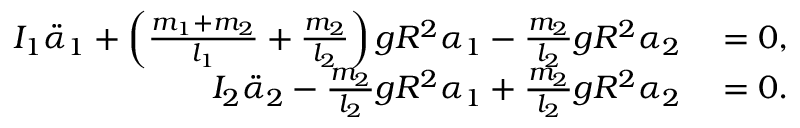
\begin{array} { r l } { I _ { 1 } \ddot { \alpha } _ { 1 } + \left( \frac { m _ { 1 } + m _ { 2 } } { l _ { 1 } } + \frac { m _ { 2 } } { l _ { 2 } } \right) g R ^ { 2 } \alpha _ { 1 } - \frac { m _ { 2 } } { l _ { 2 } } g R ^ { 2 } \alpha _ { 2 } } & { { } = 0 , } \\ { I _ { 2 } \ddot { \alpha } _ { 2 } - \frac { m _ { 2 } } { l _ { 2 } } g R ^ { 2 } \alpha _ { 1 } + \frac { m _ { 2 } } { l _ { 2 } } g R ^ { 2 } \alpha _ { 2 } } & { { } = 0 . } \end{array}